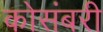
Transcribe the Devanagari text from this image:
कोसंबरी